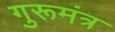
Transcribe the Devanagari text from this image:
गुरूमंत्र